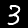
Label: 3